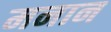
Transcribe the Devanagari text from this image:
मनान